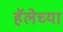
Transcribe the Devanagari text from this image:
हॅलेच्या